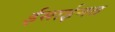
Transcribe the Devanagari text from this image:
ईसाईमत